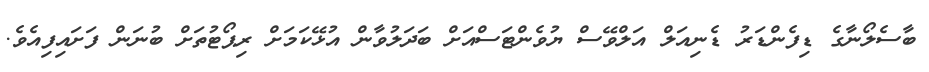
ބާސެލޯނާގެ ޑިފެންޑަރު ޑެނިއަލް އަލްވޭސް ޔުވެންޓަސްއަށް ބަދަލުވާން އުޅޭކަމަށް ރިޕޯޓުތަށް ބުނަން ފަށައިފިއެވެ.